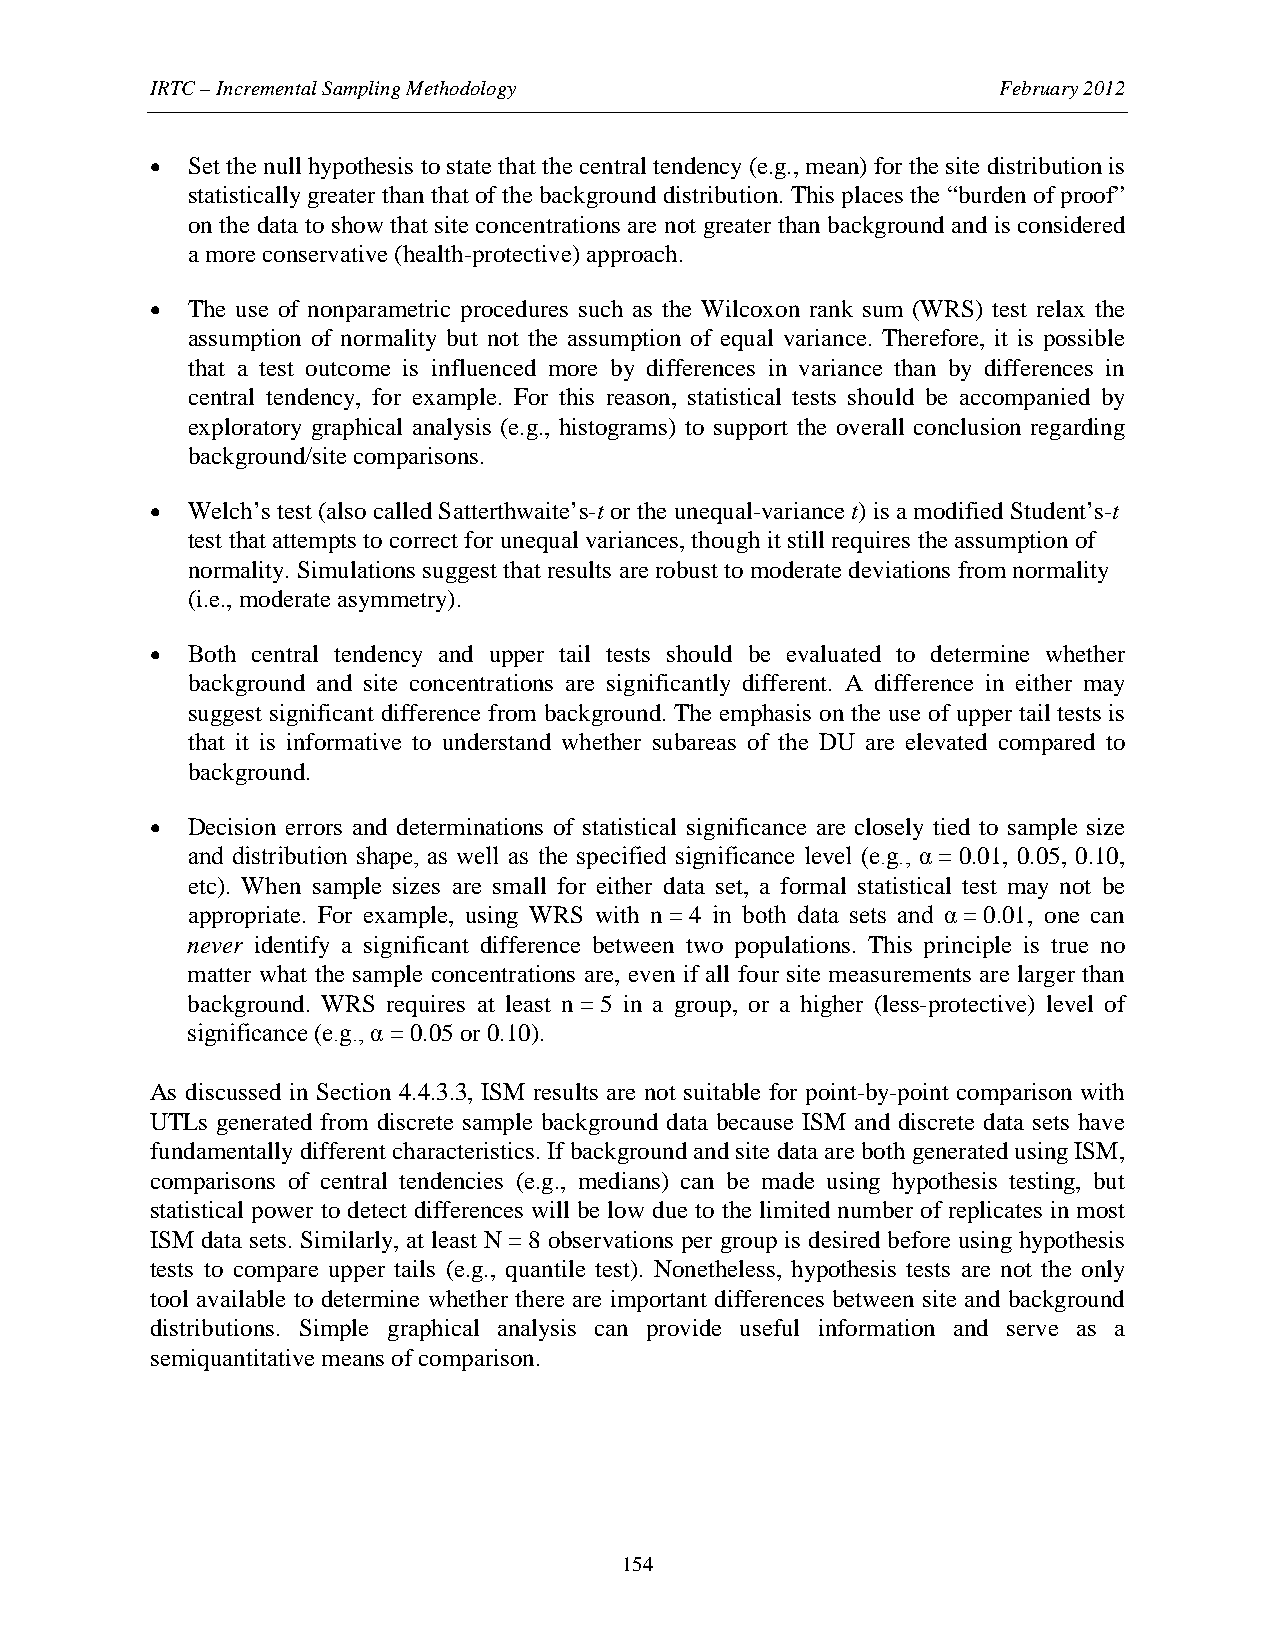
IRTC – Incremental Sampling Methodology                 February 2012
 • Set the null hypothesis to state that the central tendency (e.g., mean) for the site distribution is
 statistically greater than that of the background distribution. This places the “burden of proof”
 on the data to show that site concentrations are not greater than background and is considered
 a more conservative (health-protective) approach.
 • The use of nonparametric procedures such as the Wilcoxon rank sum (WRS) test relax the
 assumption of normality but not the assumption of equal variance. Therefore, it is possible
 that a test outcome is influenced more by differences in variance than by differences in
 central tendency, for example. For this reason, statistical tests should be accompanied by
 exploratory graphical analysis (e.g., histograms) to support the overall conclusion regarding
 background/site comparisons.
 • Welch’s test (also called Satterthwaite’s-t or the unequal-variance t) is a modified Student’s-t
 test that attempts to correct for unequal variances, though it still requires the assumption of
 normality. Simulations suggest that results are robust to moderate deviations from normality
 (i.e., moderate asymmetry).
 • Both central tendency and upper tail tests should be evaluated to determine whether
 background and site concentrations are significantly different. A difference in either may
 suggest significant difference from background. The emphasis on the use of upper tail tests is
 that it is informative to understand whether subareas of the DU are elevated compared to
 background.
 • Decision errors and determinations of statistical significance are closely tied to sample size
 and distribution shape, as well as the specified significance level (e.g., α = 0.01, 0.05, 0.10,
 etc). When sample sizes are small for either data set, a formal statistical test may not be
 appropriate. For example, using WRS with n = 4 in both data sets and α = 0.01, one can
 never identify a significant difference between two populations. This principle is true no
 matter what the sample concentrations are, even if all four site measurements are larger than
 background. WRS requires at least n = 5 in a group, or a higher (less-protective) level of
 significance (e.g., α = 0.05 or 0.10).
 As discussed in Section 4.4.3.3, ISM results are not suitable for point-by-point comparison with
 UTLs generated from discrete sample background data because ISM and discrete data sets have
 fundamentally different characteristics. If background and site data are both generated using ISM,
 comparisons of central tendencies (e.g., medians) can be made using hypothesis testing, but
 statistical power to detect differences will be low due to the limited number of replicates in most
 ISM data sets. Similarly, at least N = 8 observations per group is desired before using hypothesis
 tests to compare upper tails (e.g., quantile test). Nonetheless, hypothesis tests are not the only
 tool available to determine whether there are important differences between site and background
 distributions. Simple graphical analysis can provide useful information and serve as a
 semiquantitative means of comparison.
 154